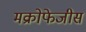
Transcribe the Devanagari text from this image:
मक्रोफेजीस